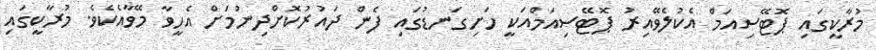
މުރާކީގައި ޕޮޓޭސިއަމް އެކުލެވޭއިރު ޕޮޓޭސިއަމްއަކީ ހަށިގަނޑުގައި ފެން ދައުރުކޮށްދިނުމަށް އެހީވާ މޭވާއެކެވެ. މުރާކީގައި